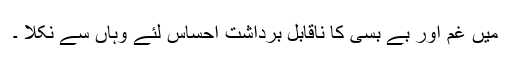
میں غم اور بے بسی کا ناقابل برداشت احساس لئے وہاں سے نکلا ۔